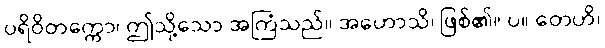
ပရိဝိတက္ကော၊ ဤသို့သော အကြံသည်။ အဟောသိ၊ ဖြစ်၏။ ပ။ တေဟိ၊